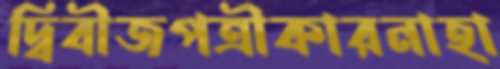
দ্বিবীজপত্রীকারনাহা